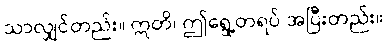
သာလျှင်တည်း။ ဣတိ၊ ဤရွေ့တရပ် အပြီးတည်း။